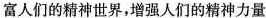
富人们的精神世界，增强人们的精神力量